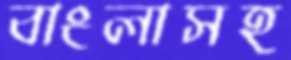
বাংলাসহ